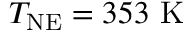
T _ { \mathrm { N E } } = 3 5 3 \ \mathrm { K }